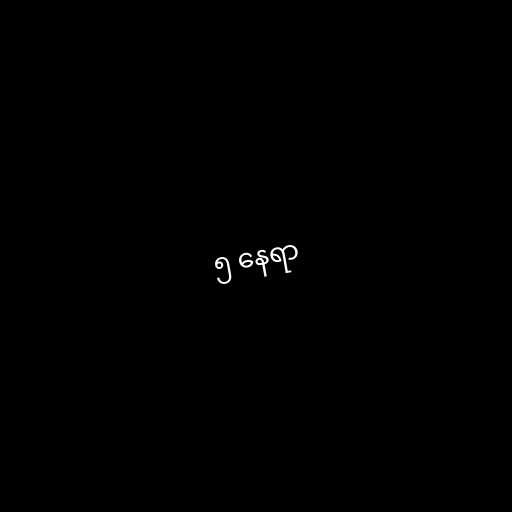
၅ နေရာ